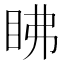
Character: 䀟